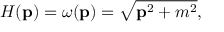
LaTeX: H ( { \bf p } ) = \omega ( { \bf p } ) = \sqrt { { \bf p } ^ { 2 } + m ^ { 2 } } ,